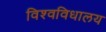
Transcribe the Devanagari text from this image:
विश्‍वविधालय